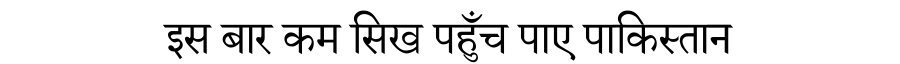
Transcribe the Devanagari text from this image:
इस बार कम सिख पहुँच पाए पाकिस्तान